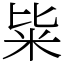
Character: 粊